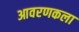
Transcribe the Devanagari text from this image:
आवरणकला